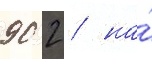
90 2 / на́